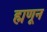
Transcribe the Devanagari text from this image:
ह्मणून